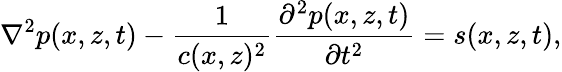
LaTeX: \nabla^{2}p(x,z,t)-\frac{1}{c(x,z)^{2}}\frac{\partial^{2}p(x,z,t)}{\partial t^{2}}=s(x,z,t),